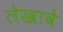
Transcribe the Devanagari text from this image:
लेखावे